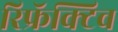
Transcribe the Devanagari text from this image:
रिफ्रॅक्टिव